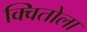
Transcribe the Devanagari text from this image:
क्वितोला